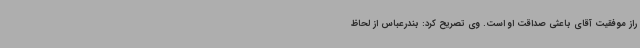
راز موفقیت آقای باعثی صداقت او است. وی تصریح کرد: بندرعباس از لحاظ